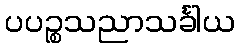
ပပဉ္စသညာသင်္ခါယ